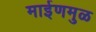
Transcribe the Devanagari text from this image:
माईणमुळ